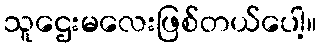
သူဌေးမလေးဖြစ်တယ်ပေါ့။